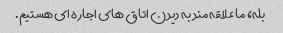
بله، ما علاقه مند به دیدن اتاق های اجاره ای هستیم.